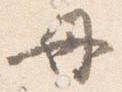
母